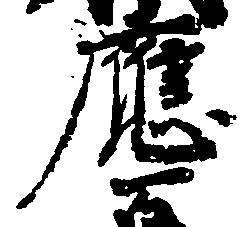
応